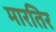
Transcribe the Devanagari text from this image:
मारतिर